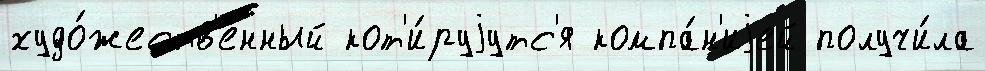
худо́жеств'енный кот'и́руjутс'я компа́н'иjей получи́ла